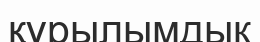
құрылымдык